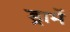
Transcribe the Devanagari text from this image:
ड्रामें